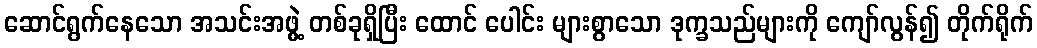
ဆောင်ရွက်နေသော အသင်းအဖွဲ့ တစ်ခုရှိပြီး ထောင် ပေါင်း များစွာသော ဒုက္ခသည်များကို ကျော်လွန်၍ တိုက်ရိုက်